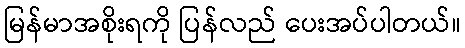
မြန်မာအစိုးရကို ပြန်လည် ပေးအပ်ပါတယ်။